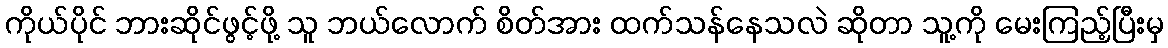
ကိုယ်ပိုင် ဘားဆိုင်ဖွင့်ဖို့ သူ ဘယ်လောက် စိတ်အား ထက်သန်နေသလဲ ဆိုတာ သူ့ကို မေးကြည့်ပြီးမှ